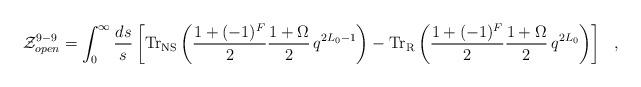
LaTeX: \begin{align*}{\cal Z}_{open}^{9-9} =\int_0^\infty\frac{ds}{s}\left[{\rm Tr}_{\rm NS}\left( {{1+(-1)^{F} \over 2}} {1+ \Omega \over 2 }\,q^{2L_0-1}\right)-{\rm Tr}_{\rm R}\left( {{1+(-1)^{F} \over 2}} {1+ \Omega \over 2 }\,q^{2L_0}\right)\right]~~,\end{align*}